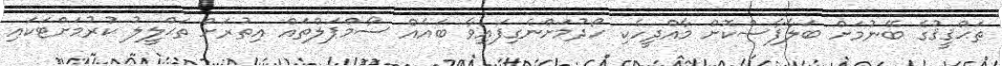
ތަޙްޤީޤުގެ ބޭނުމަށް ބަލާފާސްކޮށް މާއްދީހެކި ހޯދުމަށްނެގިފައިވާ ބައެއް ސާމްޕަލްތައް އިތުރަށް ތަޙްލީލު ކުރުމަށްޓަކައި